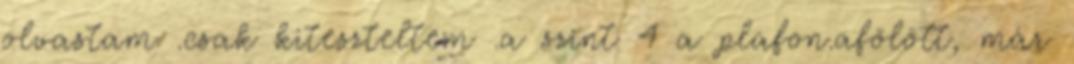
olvastam .csak kiteszteltem .a szint 4 a plafon.afölött, már